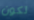
تكون